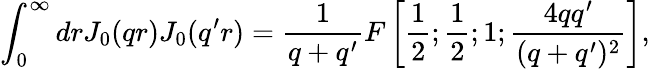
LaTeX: \int_{0}^{\infty}drJ_{0}(qr)J_{0}(q^{\prime}r)=\frac 1{q+q^{\prime}}F\left[\frac 1{2};\frac 1{2};1;\frac{4qq^{\prime}}{(q+q^{\prime})^{2}}\right],